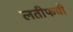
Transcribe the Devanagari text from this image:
लतीफची